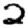
Digit: 2